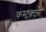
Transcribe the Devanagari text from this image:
कंस्ट्रक्टर्स